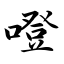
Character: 噔